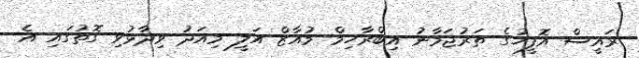
ރައީސް އޮފީހުގެ ތަރުޖަމާނު އިބްރާހިމް މުއާޒް އަލީ މިއަދު ވިދާޅުވި ގޮތުގައި އެ